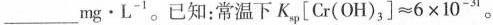
___mg \cdot L^{-1}。已知：常温下K _ { s p }\left [ C r ( O H ) _ { 3 } \right] ≈ 6 \times 1 0 ^ { - 3 1 } 。